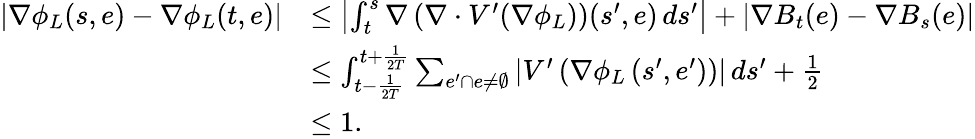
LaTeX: \begin{array}{rl}{\left|\nabla\phi_{L}(s,e)-\nabla\phi_{L}(t,e)\right|}&{\leq\left|\int_{t}^{s}\nabla\left(\nabla\cdot V^{\prime}(\nabla\phi_{L})\right)(s^{\prime},e)\, ds^{\prime}\right|+\left|\nabla B_{t}(e)-\nabla B_{s}(e)\right|}\\ &{\leq\int_{t-\frac{1}{2T}}^{t+\frac{1}{2T}}\sum_{e^{\prime}\cap e\neq\emptyset}\left|V^{\prime}\left(\nabla\phi_{L}\left(s^{\prime},e^{\prime}\right)\right)\right|\, ds^{\prime}+\frac 12}\\ &{\leq 1.}\end{array}